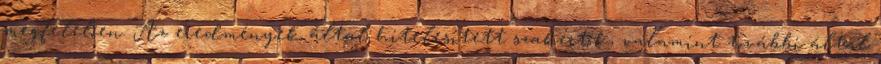
megfelelően. Az eredmények által hitelesített szakértők, valamint további által